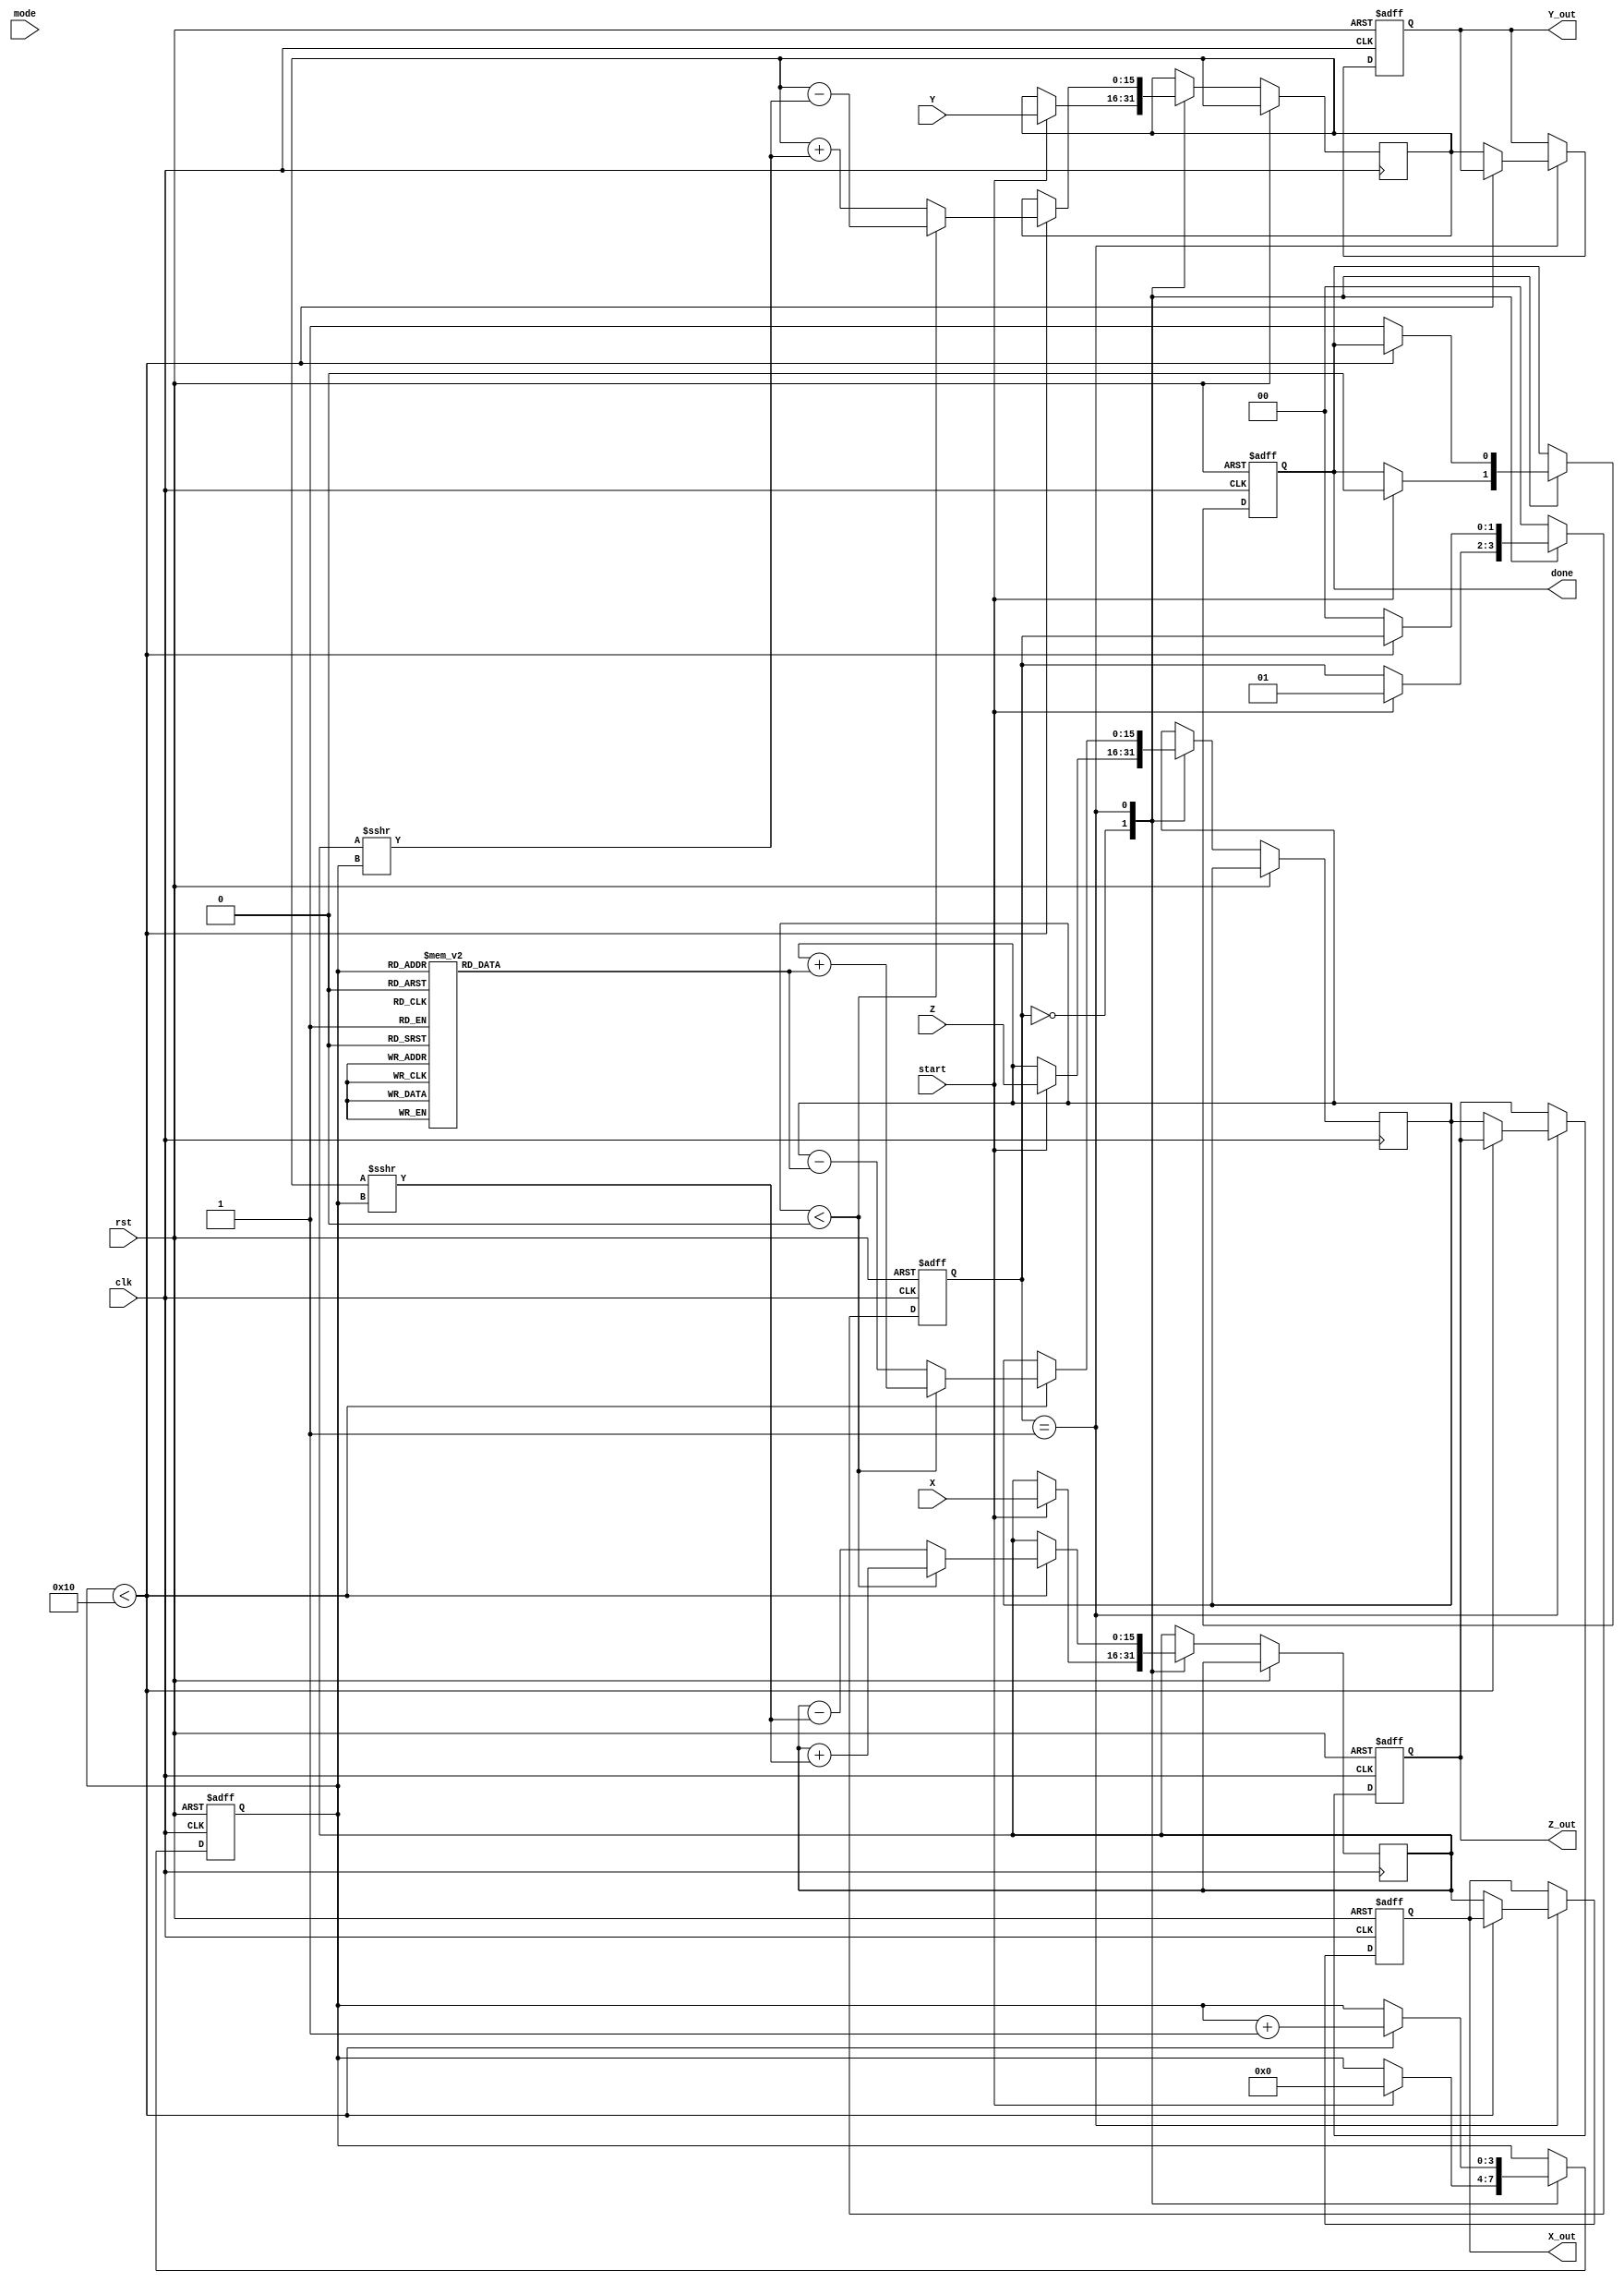
module cordic (
    input  wire [15:0] X,        // Input X-coordinate (fixed-point)
    input  wire [15:0] Y,        // Input Y-coordinate (fixed-point)
    input  wire [15:0] Z,        // Input angle (fixed-point)
    input  wire [1:0] mode,      // Operation mode (0: rotation, 1: vectoring)
    input  wire start,            // Start signal
    input  wire clk,              // Clock signal
    input  wire rst,              // Reset signal
    output reg [15:0] X_out,      // Output X-coordinate
    output reg [15:0] Y_out,      // Output Y-coordinate
    output reg [15:0] Z_out,      // Output angle or result
    output reg done               // Completion signal
);

    // CORDIC parameters
    parameter NUM_ITERATIONS = 16; // Number of iterations
    reg [15:0] angle_table [0:NUM_ITERATIONS-1]; // Lookup table for arctangent values
    reg [15:0] x_reg, y_reg, z_reg;
    reg [3:0] iteration_count;
    reg [1:0] state; // State machine for control

    // Initialize angle table (in fixed-point format)
    initial begin
        angle_table[0] = 16'h2000; // atan(2^0) = 0.7854 in fixed-point
        angle_table[1] = 16'h1000; // atan(2^-1) = 0.4636 in fixed-point
        angle_table[2] = 16'h0800; // atan(2^-2) = 0.2449 in fixed-point
        angle_table[3] = 16'h0400; // atan(2^-3) = 0.1244 in fixed-point
        // ... (continue filling the table)
        angle_table[15] = 16'h0001; // atan(2^-15) (smallest angle)
    end

    // State machine for CORDIC operation
    always @(posedge clk or posedge rst) begin
        if (rst) begin
            state <= 0;
            iteration_count <= 0;
            done <= 0;
            X_out <= 0;
            Y_out <= 0;
            Z_out <= 0;
        end else begin
            case (state)
                0: begin // Idle state
                    if (start) begin
                        x_reg <= X;
                        y_reg <= Y;
                        z_reg <= Z;
                        iteration_count <= 0;
                        state <= 1; // Move to compute state
                        done <= 0;
                    end
                end
                
                1: begin // Compute state
                    if (iteration_count < NUM_ITERATIONS) begin
                        if (z_reg < 0) begin
                            // Rotate in negative direction
                            x_reg <= x_reg + (y_reg >>> iteration_count);
                            y_reg <= y_reg - (x_reg >>> iteration_count);
                            z_reg <= z_reg + angle_table[iteration_count];
                        end else begin
                            // Rotate in positive direction
                            x_reg <= x_reg - (y_reg >>> iteration_count);
                            y_reg <= y_reg + (x_reg >>> iteration_count);
                            z_reg <= z_reg - angle_table[iteration_count];
                        end
                        iteration_count <= iteration_count + 1;
                    end else begin
                        // Finished computation
                        X_out <= x_reg;
                        Y_out <= y_reg;
                        Z_out <= z_reg;
                        done <= 1;
                        state <= 0; // Go back to idle
                    end
                end
                
                default: state <= 0; // Reset state
            endcase
        end
    end
endmodule